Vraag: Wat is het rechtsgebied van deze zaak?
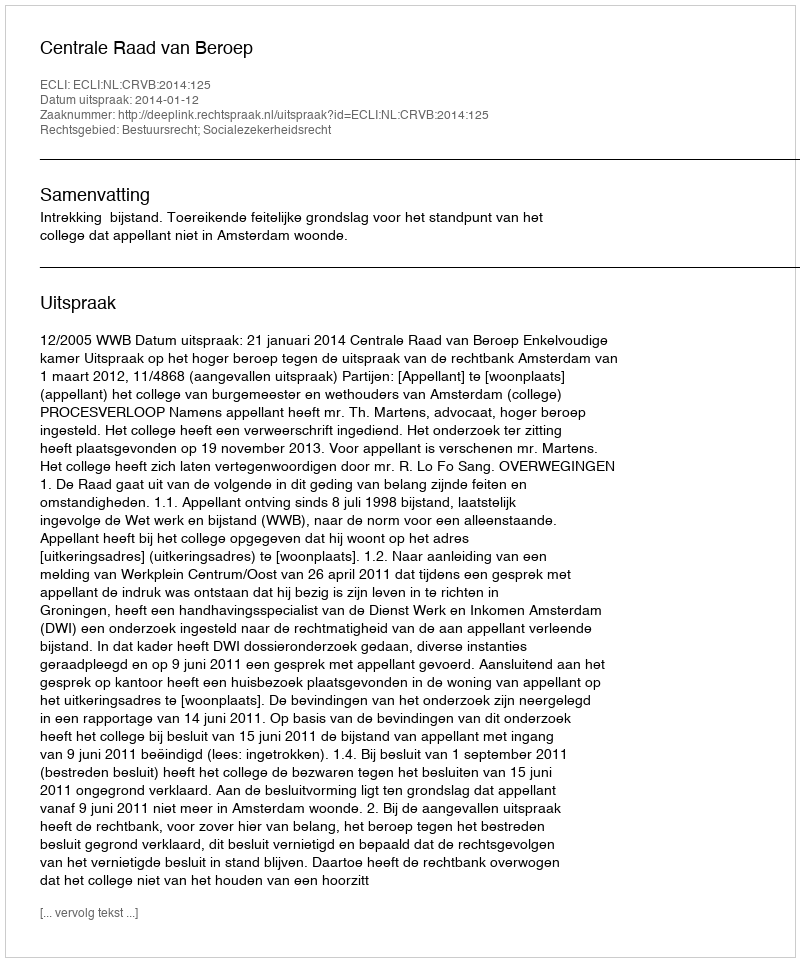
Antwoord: Bestuursrecht; Socialezekerheidsrecht